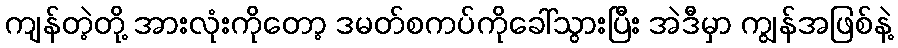
ကျန်တဲ့တို့ အားလုံးကိုတော့ ဒမတ်စကပ်ကိုခေါ်သွားပြီး အဲဒီမှာ ကျွန်အဖြစ်နဲ့